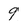
Character: 9